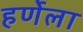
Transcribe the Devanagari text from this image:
हर्णेला